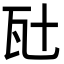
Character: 瓧